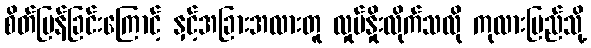
စိတ်မြန်ခြင်းကြောင့် နှင့်အခြားအလားတူ လှုပ်နှိုးလိုက်သလို ကုလားပြည်သို့